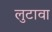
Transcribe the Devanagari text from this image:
लुटावा